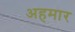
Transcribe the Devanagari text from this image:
अहमार